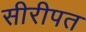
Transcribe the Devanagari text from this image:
सीरीपत